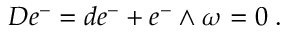
{ \cal D } e ^ { - } = d e ^ { - } + e ^ { - } \wedge \omega = 0 \; .